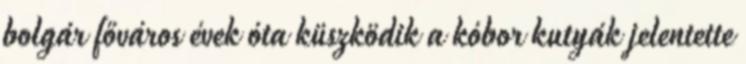
bolgár főváros évek óta küszködik a kóbor kutyák jelentette